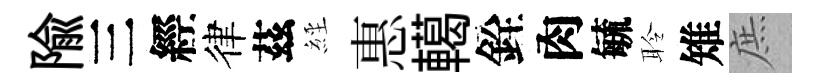
隃三經律茲𦀇惠轕銓肉毓聆雉庶